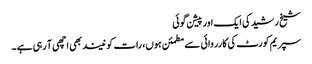
شیخ رشید کی ایک اور پیشن گوئی
سپریم کورٹ کی کارروائی سے مطمئن ہوں، رات کو نیند بھی اچھی آ رہی ہے ۔